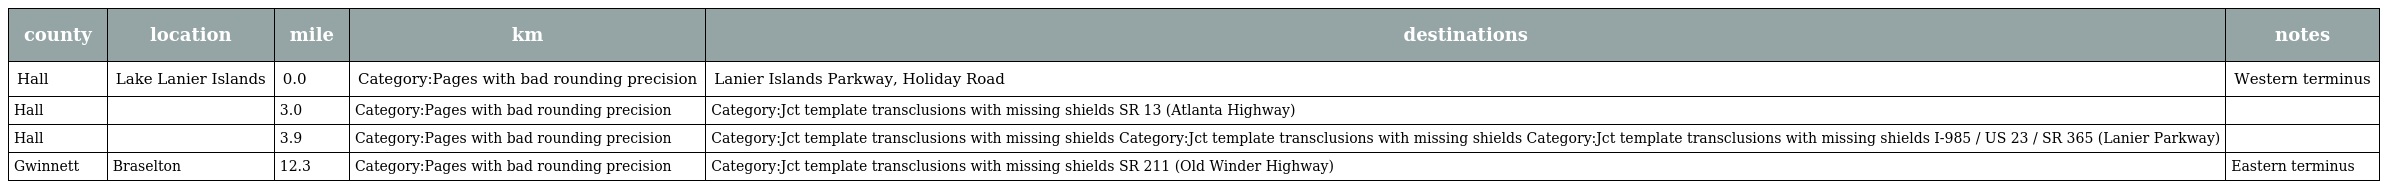
| county | location | mile | km | destinations | notes |
 | --- | --- | --- | --- | --- | --- |
 | Hall | Lake Lanier Islands | 0.0 | Category:Pages with bad rounding precision | Lanier Islands Parkway, Holiday Road | Western terminus |
 | Hall |  | 3.0 | Category:Pages with bad rounding precision | Category:Jct template transclusions with missing shields SR 13 (Atlanta Highway) |  |
 | Hall |  | 3.9 | Category:Pages with bad rounding precision | Category:Jct template transclusions with missing shields Category:Jct template transclusions with missing shields Category:Jct template transclusions with missing shields I-985 / US 23 / SR 365 (Lanier Parkway) |  |
 | Gwinnett | Braselton | 12.3 | Category:Pages with bad rounding precision | Category:Jct template transclusions with missing shields SR 211 (Old Winder Highway) | Eastern terminus |